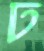
ঢ